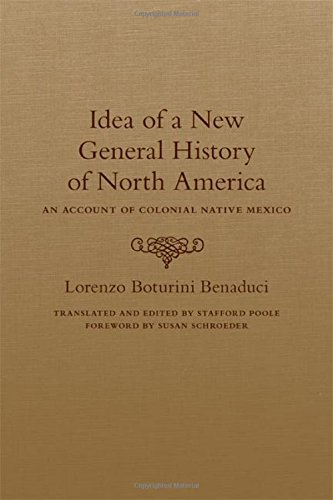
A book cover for Idea of a New General History of North America: An Account of Colonial Native Mexico; Lorenzo Boturini Benaduci; Crafts, Hobbies & Home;